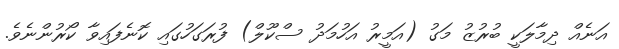
އަނެއް ދިމާލަކީ ބުރުޒު މަގު (އަމީރު އަހުމަދު ސްކޫލް) ފުރަގަހުގައި ކޮނެފައިވާ ކޯރުންނެވެ.